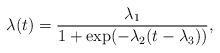
LaTeX: \begin{align*} \lambda(t)=\frac{\lambda_1}{1+\exp(-\lambda_2(t-\lambda_3))},\end{align*}